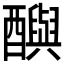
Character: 𨣦